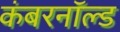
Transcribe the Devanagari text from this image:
कंबरनॉल्ड